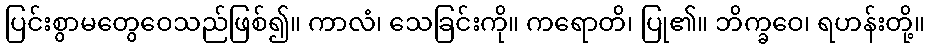
ပြင်းစွာမတွေဝေသည်ဖြစ်၍။ ကာလံ၊ သေခြင်းကို။ ကရောတိ၊ ပြု၏။ ဘိက္ခဝေ၊ ရဟန်းတို့။